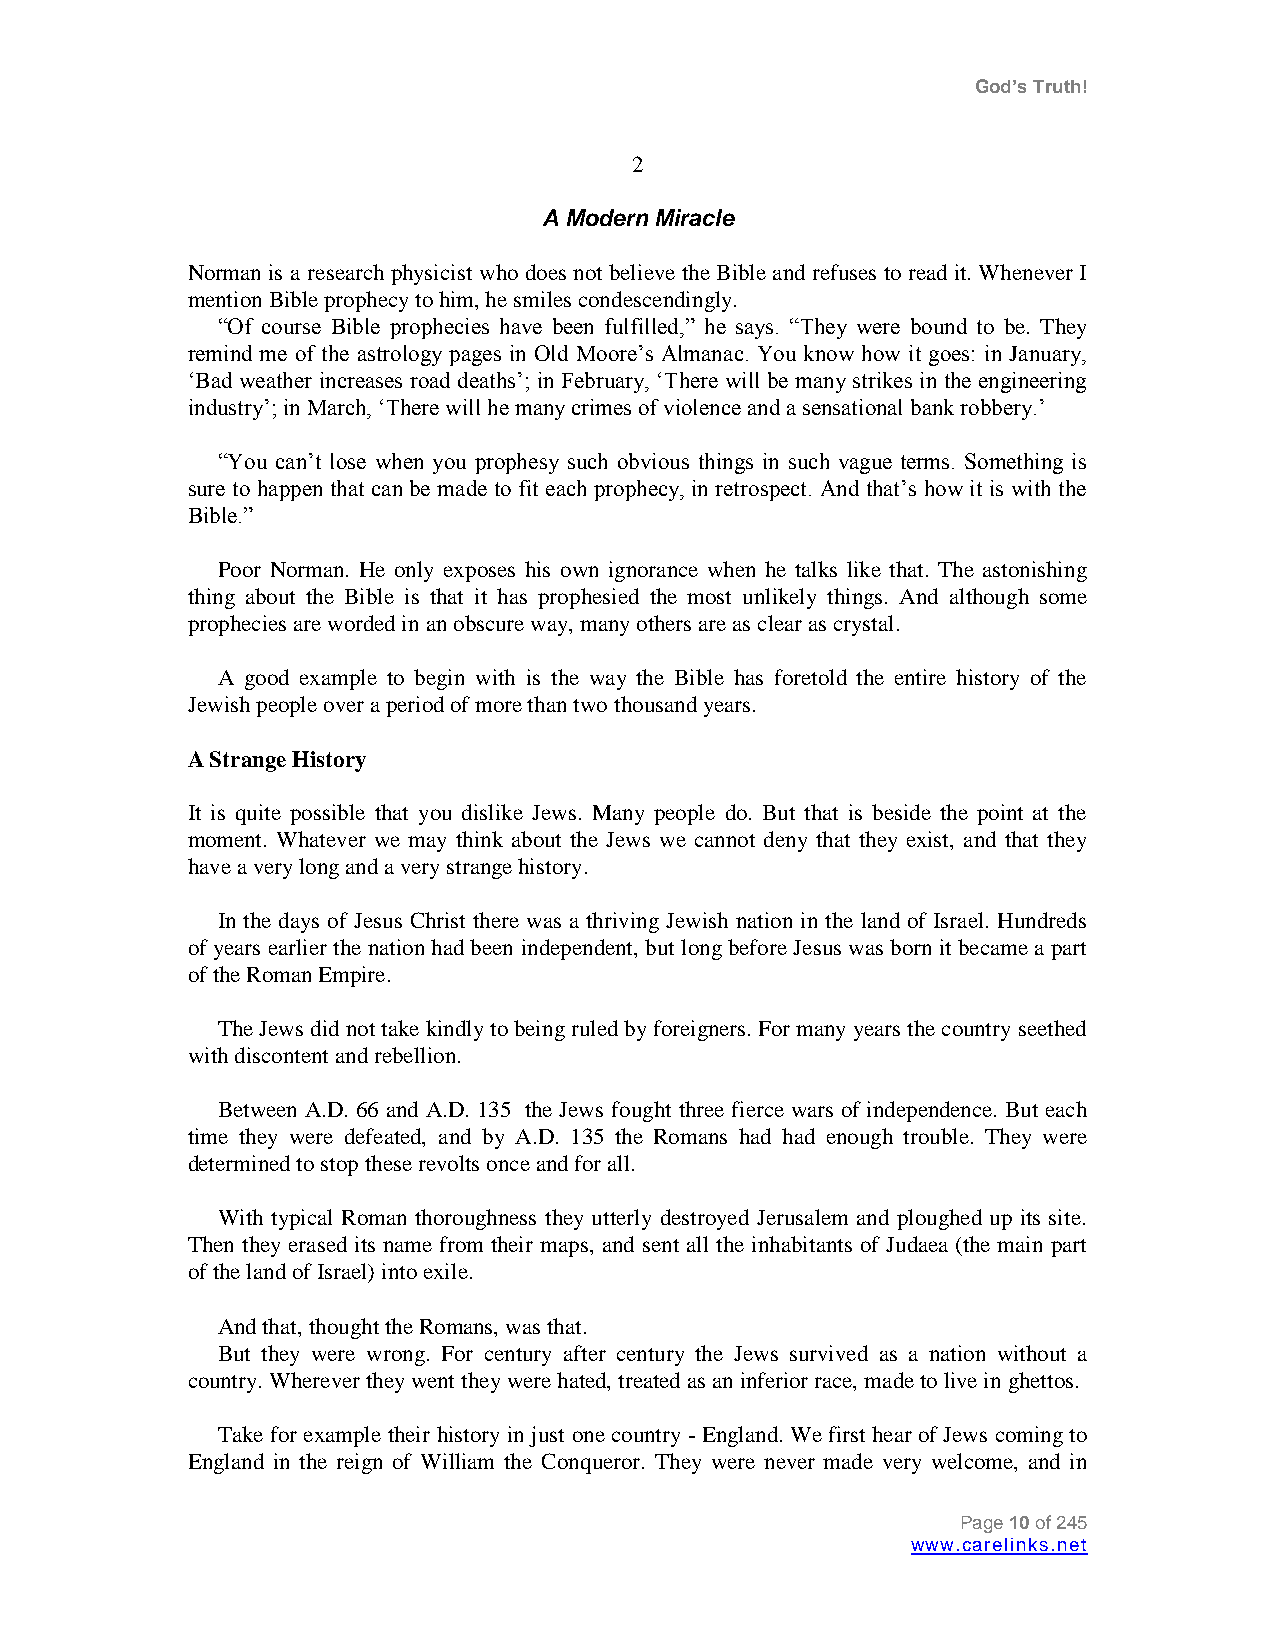
God’s Truth!
 2
 A Modern Miracle
 Norman is a research physicist who does not believe the Bible and refuses to read it. Whenever I
 mention Bible prophecy to him, he smiles condescendingly.
 “Of course Bible prophecies have been fulfilled,” he says. “They were bound to be. They
 remind me of the astrology pages in Old Moore‟s Almanac. You know how it goes: in January,
 „Bad weather increases road deaths‟; in February, „There will be many strikes in the engineering
 industry‟; in March, „There will he many crimes of violence and a sensational bank robbery.‟
 “You can‟t lose when you prophesy such obvious things in such vague terms. Something is
 sure to happen that can be made to fit each prophecy, in retrospect. And that‟s how it is with the
 Bible.”
 Poor Norman. He only exposes his own ignorance when he talks like that. The astonishing
 thing about the Bible is that it has prophesied the most unlikely things. And although some
 prophecies are worded in an obscure way, many others are as clear as crystal.
 A good example to begin with is the way the Bible has foretold the entire history of the
 Jewish people over a period of more than two thousand years.
 A Strange History
 It is quite possible that you dislike Jews. Many people do. But that is beside the point at the
 moment. Whatever we may think about the Jews we cannot deny that they exist, and that they
 have a very long and a very strange history.
 In the days of Jesus Christ there was a thriving Jewish nation in the land of Israel. Hundreds
 of years earlier the nation had been independent, but long before Jesus was born it became a part
 of the Roman Empire.
 The Jews did not take kindly to being ruled by foreigners. For many years the country seethed
 with discontent and rebellion.
 Between A.D. 66 and A.D. 135 the Jews fought three fierce wars of independence. But each
 time they were defeated, and by A.D. 135 the Romans had had enough trouble. They were
 determined to stop these revolts once and for all.
 With typical Roman thoroughness they utterly destroyed Jerusalem and ploughed up its site.
 Then they erased its name from their maps, and sent all the inhabitants of Judaea (the main part
 of the land of Israel) into exile.
 And that, thought the Romans, was that.
 But they were wrong. For century after century the Jews survived as a nation without a
 country. Wherever they went they were hated, treated as an inferior race, made to live in ghettos.
 Take for example their history in just one country - England. We first hear of Jews coming to
 England in the reign of William the Conqueror. They were never made very welcome, and in
 Page 10 of 245
 www.carelinks.net